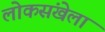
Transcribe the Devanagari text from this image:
लोकसंखेला